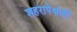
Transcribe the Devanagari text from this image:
शहरापेक्षाही